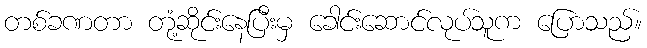
တစ်ခဏတာ တုံ့ဆိုင်းနေပြီးမှ ခေါင်းဆောင်လုပ်သူက ပြောသည်။